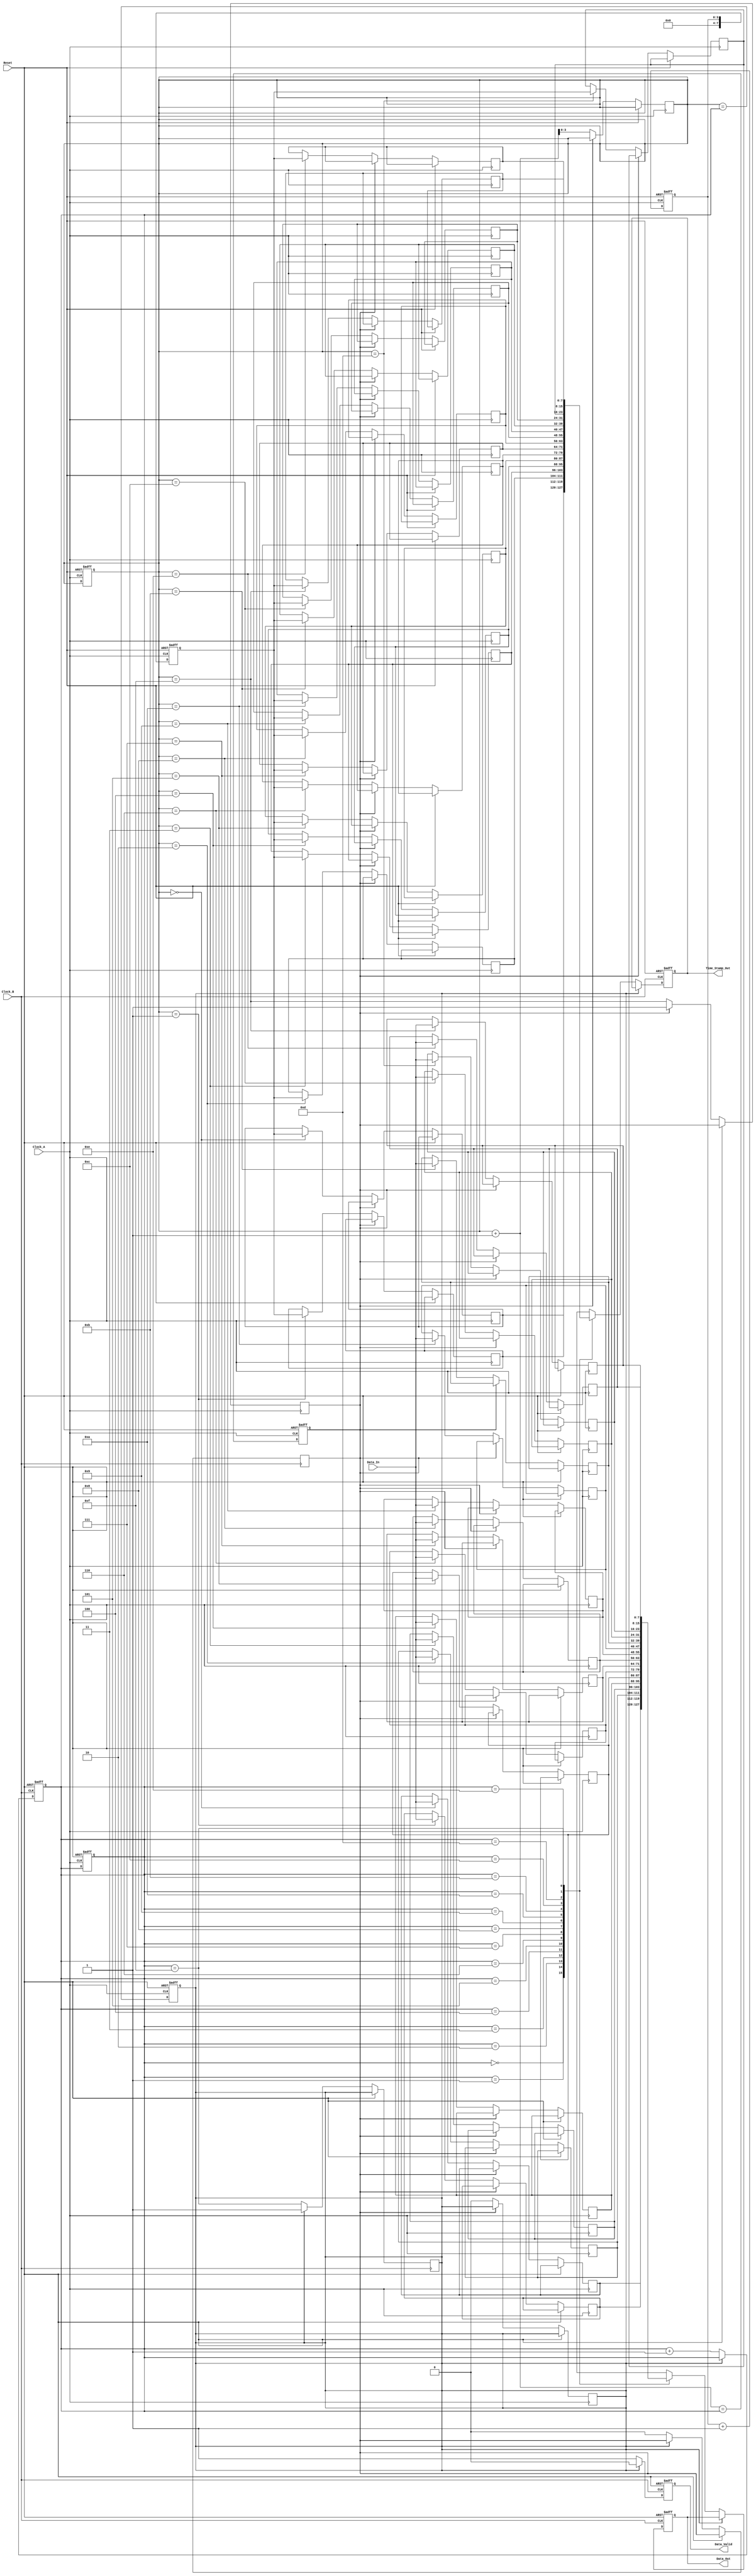
module TimeStampedSynchronizer (
    input wire Clock_A,          // First clock domain
    input wire Clock_B,          // Second clock domain
    input wire Reset,            // Asynchronous reset
    input wire [DATA_WIDTH-1:0] Data_In, // Data input from Clock_A
    output reg [DATA_WIDTH-1:0] Data_Out, // Synchronized data output to Clock_B
    output reg [TIMESTAMP_WIDTH-1:0] Time_Stamp_Out, // Time stamp output to Clock_B
    output reg Data_Valid        // Data valid signal for Clock_B
);

parameter DATA_WIDTH = 8;                // Width of the data
parameter TIMESTAMP_WIDTH = 8;           // Width of the time stamp
parameter FIFO_DEPTH = 16;                // Depth of the FIFO

reg [DATA_WIDTH-1:0] fifo_data[FIFO_DEPTH-1:0];      // FIFO buffer for data
reg [TIMESTAMP_WIDTH-1:0] fifo_timestamp[FIFO_DEPTH-1:0]; // FIFO buffer for timestamps
reg [3:0] write_pointer;                   // Write pointer for FIFO
reg [3:0] read_pointer;                    // Read pointer for FIFO
reg fifo_full;                             // FIFO full flag
reg fifo_empty;                            // FIFO empty flag

// Generate a simple time stamp based on the clock cycles of Clock_A
reg [TIMESTAMP_WIDTH-1:0] timestamp;
reg [3:0] timestamp_counter;

always @(posedge Clock_A or posedge Reset) begin
    if (Reset) begin
        timestamp_counter <= 0;
        timestamp <= 0;
    end else begin
        timestamp_counter <= timestamp_counter + 1;
        timestamp <= timestamp_counter;
        
        // Write to FIFO on Clock_A
        if (!fifo_full) begin
            fifo_data[write_pointer] <= Data_In;
            fifo_timestamp[write_pointer] <= timestamp;
            write_pointer <= write_pointer + 1;
            fifo_full <= (write_pointer == FIFO_DEPTH - 1);
            fifo_empty <= 0;
        end
    end
end

// Synchronization logic for Clock_B
always @(posedge Clock_B or posedge Reset) begin
    if (Reset) begin
        read_pointer <= 0;
        Data_Valid <= 0;
        Data_Out <= 0;
        Time_Stamp_Out <= 0;
    end else begin
        // Read from FIFO on Clock_B
        if (!fifo_empty) begin
            Data_Out <= fifo_data[read_pointer];
            Time_Stamp_Out <= fifo_timestamp[read_pointer];
            Data_Valid <= 1;
            read_pointer <= read_pointer + 1;
            fifo_empty <= (read_pointer == FIFO_DEPTH - 1);
            fifo_full <= 0;
        end else begin
            Data_Valid <= 0; // No data to read
        end
    end
end

// FIFO full/empty logic
always @(posedge Clock_A or posedge Reset) begin
    if (Reset) begin
        fifo_full <= 0;
        fifo_empty <= 1;
        write_pointer <= 0;
        read_pointer <= 0;
    end else begin
        fifo_full <= (write_pointer + 1 == read_pointer);
        fifo_empty <= (write_pointer == read_pointer);
    end
end

endmodule